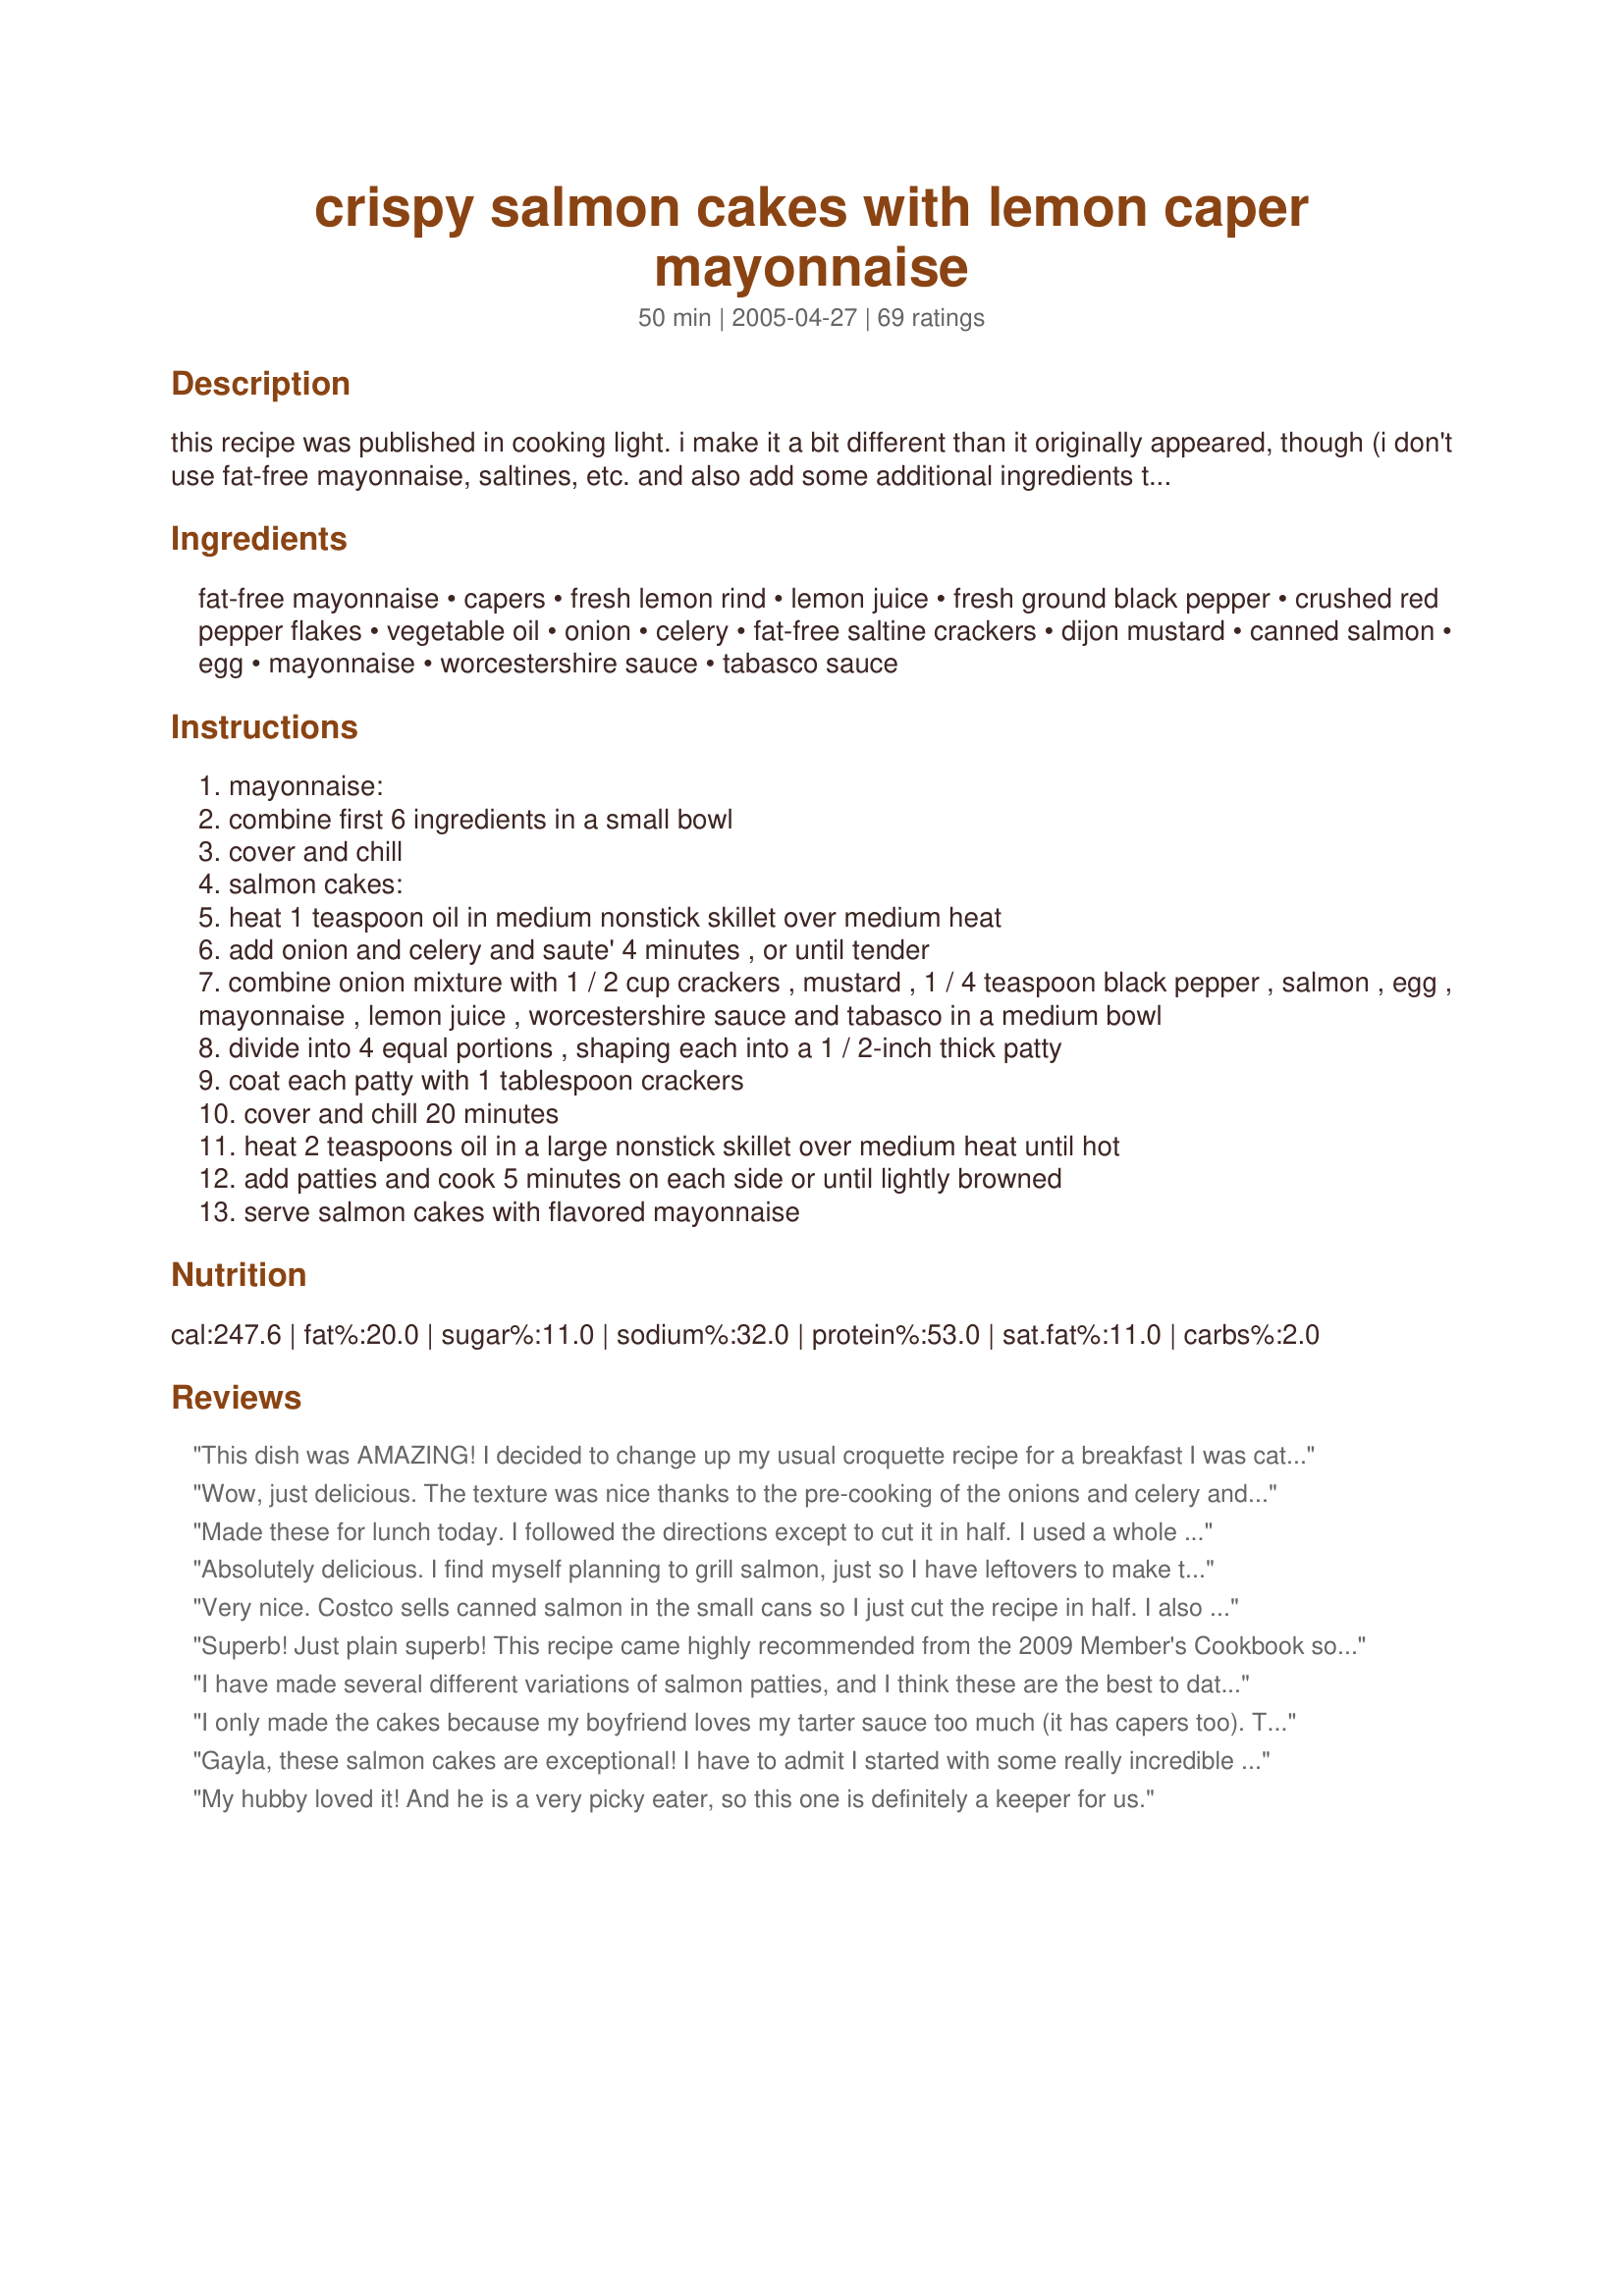
crispy salmon cakes with lemon caper mayonnaise
Preparation time: 50 minutes

this recipe was published in cooking light. i make it a bit different than it originally appeared, though (i don't use fat-free mayonnaise, saltines, etc. and also add some additional ingredients to suit my taste). if you would like to make the original version, just stick with the fat-free items and omit the last 4 items in the ingredient list (mayo through tabasco) and you will have the original recipe. prep time includes 20 minutes chilling time for the salmon cakes.

Ingredients:
fat-free mayonnaise, capers, fresh lemon rind, lemon juice, fresh ground black pepper, crushed red pepper flakes, vegetable oil, onion, celery, fat-free saltine crackers, dijon mustard, canned salmon, egg, mayonnaise, worcestershire sauce, tabasco sauce

Steps:
mayonnaise:
combine first 6 ingredients in a small bowl
cover and chill
salmon cakes:
heat 1 teaspoon oil in medium nonstick skillet over medium heat
add onion and celery and saute' 4 minutes , or until tender
combine onion mixture with 1 / 2 cup crackers , mustard , 1 / 4 teaspoon black pepper , salmon , egg , mayonnaise , lemon juice , worcestershire sauce and tabasco in a medium bowl
divide into 4 equal portions , shaping each into a 1 / 2-inch thick patty
coat each patty with 1 tablespoon crackers
cover and chill 20 minutes
heat 2 teaspoons oil in a large nonstick skillet over medium heat until hot
add patties and cook 5 minutes on each side or until lightly browned
serve salmon cakes with flavored mayonnaise

Reviews:
This dish was AMAZING! I decided to change up my usual croquette recipe for a breakfast I was catering and used this. There wasn&#039;t a SINGLE cake left and not a drop of lemon-caper mayo was missed. The texture and flavors were perfect. So glad I found this recipe here!
Wow, just delicious. The texture was nice thanks to the pre-cooking of the onions and celery and the coating was nice and crisp. My rating is just for the cakes, I did not make the Mayonnaise.
Made these for lunch today. I followed the directions except to cut it in half. I used a whole egg and a little more cracker crumbs and coated them in panko crumbs. Fabulous!!! DH said to make these again and he was never real excited about salmon patties. Thank you. Served on a bed of greens but used the tarter sauce on top. LOVED that also!
Absolutely delicious. I find myself planning to grill salmon, just so I have leftovers to make these with. The sauce and the patties are both "keepers" in my book. Used bread crumbs in place of crackers, and it worked just fine.
Very nice. Costco sells canned salmon in the small cans so I just cut the recipe in half. I also use panko crumbs on the outside and makes it nice and crunchy, also I don&#039;t bother to saute the celery and onion first. Definitely a keeper!
Superb! Just plain superb! This recipe came highly recommended from the 2009 Member's Cookbook so I saved it until I had the perfect chance to make it. Flavours burst in your mouth and we all would have licked our plates clean if we were alone. :) LOVED the sauce, LOVED the patties; directions were easy-peasy; I wouldn't ever change a thing! I'm now adding it to the 2010 Member's Cookbook as a "Must Make Dish". Served with sauteed spinach and garlic with country-fried potatoes. Thanks, GaylaJ!!!
I have made several different variations of salmon patties, and I think these are the best to date! Used yellow mustard and didn't use onions or celery, as I am not a fan... Yum!
I only made the cakes because my boyfriend loves my tarter sauce too much (it has capers too). The cakes were awesome though! Easy to make and used stuff we already had in the house. I feel like we got a really good, healthy and inexpensive meal. Thanks, GaylaJ!
Gayla, these salmon cakes are exceptional! I have to admit I started with some really incredible leftover grilled recipe#127335, which I am sure only added to the flavor of this incredible meal we had. The sauce with this recipe really simply made these salmon cakes complete! I made the entire recipe exactly as written and did not try to improve or add a thing. There is nothing to change here (except that I did use fresh, leftover salmon), because it is perfect as is! I am sure it would be equally as delicious using the canned salmon : ) Thanks greatly for this one, Gayla!
My hubby loved it! And he is a very picky eater, so this one is definitely a keeper for us.
Delish! I had leftover fresh salmon on hand and roasted it so it was cooked vs the canned. Even my picky eating little ones polished theirs off. Littlest one asked me to make it again. Family hit!
Very good. We're not big fish-eaters, but had some frozen salmon fillets given to us. So I baked those and used instead of canned. <br/>Would make again.
i didn't read directions too well so i totally messed up and threw the salmon cake ingredients all together including all of the crackers. i even didn't even saute the veggies first. BUT it still came out delicious! as for the mayo..YUMMY!!! so good even tho i didn't have fresh lemon rind. very good recipe and thank you for sharing! update: 6-15-07 i tried this again and this time followed the exact directions and man o man didn't think it could get any better but it did. definately going in my favorite's file.
For someone who doesnt like salmon, i found this absolutely delicious! Husband loved it! He said that i should make this more often! :) Thanks for the recipe! :)
I finally got around to trying these! These were wonderful! My husband (who doesn't appreciate salmon too much) said these did not taste fishy at all. I added some chopped jarred jalapenos, jalapeno Tabasco, and pickles to the mayo (omitted capers). I also used half mayo/yogurt for the sauce ( I prefer it that way!). Thanks Gayla!
Roxygirl
These were pretty good. I am not a huge fan of salmon so it is a great thing to have me like this so much. We'll make these again.
I only made the salmon cake portion of the recipe. I used your Cilantro Lime Tarter Sauce recipe #131931 instead. (wonderful by the way) This was a new way to make salmon patties for me, but we loved the results. They are crispy, hold together well, and have a nice flavor. You have a winner here. =) Thanks Gayla!
Nice!!! I normally make fish cakes by just throwing whatever I have on hand together. So I never have the same fish cake twice... LOL! But this one caught my attention mostly due to the lemon caper mayo. And that was a GREAT call! I did follow the salmon cake recipe just for kicks, and it was wonderful. The only changes I had to make were to use red bell pepper instead of celery because I didn&#039;t have any, and siracha sauce instead of tabasco because I couldn&#039;t find it. But the sauce - OMG - it was wicked good! Made it exactly as written, only a bit more lemon juice and red pepper flakes to our taste, and regular mayo because we refuse to use low-fat. :~) Will definitely make this again! Thanks for posting!
This was my first time making salmon cakes, and I am so happy I tried your recipe. I chose yours because for one thing I had all the ingredients, and another thing I saw there was saltines not only in the cakes but also used to coat them. My mom always sprinkled saltine crackers on her tuna casserole and I will not eat tuna casserole without the saltines on top, so I knew I would love the saltine coating on these, and I did! They came out nice a crispy & crunchy. These were fabulous salmon cakes, and the sauce made these over the top. I decided to double the sauce too after reading some of the other reviews, and I am happy I did!! I will deffinately be making these again, and I am planning on passing this recipe on to my sister, because I know how she loves salmon. These are perfect in every way. Thank you Gayla for making my first salmon cakes a success.
I loved these because they were delicious and easy to make. I do not like fish at all and knowing how good it is for you, I tried these and it is the perfect way to get a serving in while actually enjoying the meal.
My hubby said,"That was a 5 star meal!". Seriously though, these cakes tast better than at a super fancy restaurant. I felt like I outdid myself! For the sauce, I didn't have capers so I used chopped dill pickles. Also, I coasted the patties with panko. OH MY GOODNESS, they are to die for! I served this ontop a bed of baby spinich salad. Next time I think I might add baby bay shrimp to the salmon mixutre for more texture...
Sorry I forgot to review this recipe.......made it last weekend for my daughter and family. They just loved the salmon cakes and even my GD (who is a vegetarian) scarfed them down. The sauce was so good my daughter ate it with everything on her plate. (She also took home the 3 cakes left..Ha.) Will definitely make this again.........maybe as our favorite salmon cake. The mix did seem to be a little wet at first, but I rolled it in the breadcrumbs, and refrigerated for a few minutes, and had no problem with them falling apart as they cooked.
These are wonderful! They take a little bit more work than I am used to for salmon cakes but the flavor and texture was right on! Only changes I made were using cornflake crumbs instead of cracker crumbs and using chili paste in lieu of Tabasco. Oh, and I didn't have capers so used relish instead. Turned out wonderful! Thanks GaylaJ!!!
These were so yummy!! Didn't try the sauce b/c I didn't have capers on hand. Will definitely make again.
My stepson requested that I make salmon burgers some time, so I found this recipe. I doubled it as one cake per person was NOT going to be enough (not with the crew I have here!) I had the same problem as Cinizini, I added some sour cream and plain yoghurt because I didn't have enough mayo. I also made two other subs due to lack of the ingredients. I used fennel instead of celery, and used Jacob's cream creackers instead of saltines. (can't get saltines anyway in this country [UK]). Other than those minor adjustments, followed the recipe. I made these early in the day and had them in the fridge until ready to cook. Very enjoyable and will definitely make them again. Thanks!
This has become our go to recipe for salmon cakes for sometime now but I never got around to posting a review until now. Follow the recipe exactly, make sure to use the flavoured mayonnaise, and you will not be disappointed.
Best recipe for salmon cakes I have ever come across. Thank you for posting.
Loved these! Made them two weekends in a row! Really, really good. I used Ritz crackers instead of saltines based on another recipe that recommended it. Otherwise, followed recipe for the cakes exactly. As for the sauce, made it per the recipe the first time (except used regular mayo) and it tasted wonderful, but I wanted to lighten it up (I don't like the taste of fat-free or low-fat mayo), so I used a combination of 3 tbls mayo and 3 tbls low-fat plain yogurt. Liked this even better!
This is sooooo good. My husband was in heaven, especially since we used leftover salmon and crackers, so it didn't cost much but it would have been super expensive to order this at a restaurant. For the mayo, I kept the ratio of the ingredients the same, but I used about half the amount of mayo.
I chose not to rate this recipe as I modified it to suit what we had in the fridge...didn't have enough mayo so I used half mayo and half sour cream for the sauce--turned out wonderfully that way, I think sour cream was a good sub. 
(made some other subs not worth mentioning..)
My other comment is that these crisped up even more when re-heated under the broiler the next day! Thank you for posting: great flavor, and I will plan to have enough mayo on hand the next time around.
These were quite good! I used Townhouse crackers instead of saltines, and since I discovered we were out of hot sauce, I put in a little hot chili paste. I also added a little parsley and Old Bay to the outside crackers, which was nice. I personally don't like capers so I made the sauce as directed, but added some dill instead of capers. Was pretty good!
Really tasty! Something I'd definitely make again. Thanks for sharing.
My husband LOVES when I make these. I stick to the recipe (except when I know my son's eating too- then I use 3 cans of salmon.) I think that the evil mayo dressing and the ritz crackers make this yummy!
Did not try, though it sounds good. 

Under SALMON CAKES section the word saltines or whatever is meant [dried bread crumbs] is MISSING.
Very good! Made it as written. Served on a bed of spinach along with some homemade coleslaw. Yum! Might have to double the recipe so that we DO have leftovers. Thanks for sharing.
These were the best salmon patties I have ever tasted! They came together perfectly and I really liked the sauce too! Thanks for posting!
DELICIOUS! We only had Ritz crackers and it was a good choice. Also threw in some cilantro but I bet parlsey or other herbs would add to the flavor nicely. Oldest son who hates fish said it wasn't too bad - ha! Parents think it's hands-down the best salmon cakes we've ever had. THANK YOU for sharing this one!
I made this for a dinner party and it was a huge hit. These are by far the most delicious fish cakes I have ever made or eaten! I added some diced bell peppers to the onion/celery mix and I didn't have quite enough salmon so I subbed some leftover grilled catfish. I piped the sauce on the finished cakes with a pastry bag for a little extra presentation oomph.
Fabulous! My DH can't get enough of them. I used wheat thins instead of saltines, and added some diced red bell peppers to the onion and celery. I served them on a bed of baby greens dressed with a lemon basil vinaigrette - unbelievably delicious! Very fancy for canned fish...
I would have given this a 5 Star rating but I did modify the recipe for my husband&#039;s &amp; my taste. We had quite a bit of left over grilled salmon so I used that &amp; some additional smoked salmon to make the patties. I used boxed Italian bread crumbs that I already had instead of cracker crumbs. I also added additional garlic powder, some Old Bay Seasoning &amp; celery seed &amp; left out the celery because I didn&#039;t have any. I saute&#039;d the onion &amp; also added some chopped carrots which I also saute&#039;d before adding it to the salmon. That gave it alot of color. For the mayonaise, I added some dill weed &amp; basil to taste. I used my Tuscan olive oil that has basil &amp; rosemary already infused to fry the patties in. It made 6 hefty sized patties, enough for another night of leftovers! Really, really great recipe that allows for a lot of personal modifications! This will be our go to recipe for leftover salmon,crab &amp; tuna! Thanks for posting!
This was outstanding. I halved the recipe and I, too, added the onions and celery to the mix without sauteeing (didn't read the directions thoroughly) but it still came out great. Plus the mayo is excellent. This will be served frequently in our house. Thanks!
Holy salmon cakes!! These where to die for! I feel like I just ate in a restaurant. I did not have any worcestershire or celery and used regular yellow mustard. I didn't make the sauce either instead I made a cucumber salad with mayo, sugar and dill. YUMMMM!!
Made these for dinner last night -but with the following changes. Used leftover cooked salmon and finely diced the onion and celery and also 1/4 cup red bell pepper Rather than sauteing them I added them to the salmon mixture and the taste and texture were amazing. Was short of cracker crumbs so used Panco for the outsides. We served them on a bed of mixed baby spinach and baby spring mix with herbs, and drizzled everything with a Lemon, Lime, Basil & Caper Vinaigrette for a bit more of a heart healthy meal. Couldn't have had it any better at a fine restaurant!
Very good! I simplified the mayo sauce a bit, mixing mayo. lemon juice, capers, and freshly ground lemon-pepper seasoning. The salmon cakes were delicious and simple, and the sauce complemented them nicely. Served these with roasted asparagus with lemon vinaigrette & steamed tiny red potatoes tossed with butter & minced parsley. Yum! Thanks for sharing!
really easy to make and they were great! we had a lot of mayo left over, so probably next time we will half it. I think next time we will add more tabasco and mustard though. We also used just breadcrumbs instead of the saltines and it had a nice crust on it.
These are hands down the best Salmon cakes I've ever had! The Lemon-Caper Mayo was "icing"! Thanks for sharing
perfect thanks
Excellent recipe! Made these last night and my family didnt leave any!!!

Easy to make, followed recipe exactly except did not have any celery. Did really well but had a couple fall apart during turning. Other than that they were perfect!
Thank you for a tasty dinner last night!
Ohhh we loved these! These are fabulous because we almost always have all of the ingredients on hand and they are easy, quick, and oh so delicious! The only thing I did differently was add a little extra lemon juice, worcestershire, salt, and pepper. Perfect and definitely a keeper. Thank you!
These are another winner from you Gayla. I had to make a couple of minor changes. I used the salmon in the bag which seems to have a lighter smell. I forgot the capers when I was grocery shopping. I looked to the reviews and saw where another reviewer used the dill pickles and they worked out just fine. This was a great lunch for us today. We thank you for another Keeper!
I thought I made good salmon patties, but these are outstanding! Especially with the mayonnaise sauce. (I did use low fat). I made a few minor adjustments but nothing to compromise the recipe. This is my NEW salmon patty recipe. Thanks GaylaJ, this was great. Served with scalloped potatoes (26470) and roasted green beans. A real comfort food meal.
I was searching my kitchen for something to make for lunch, when I spotted a pouch of salmon. I found this recipe, and I'm SO glad I tried it! I didn't have any saltines, so I had to settle for homemade bread crumbs (after I looked and found that I was out of those too!!), but they still turned out perfectly! Instead of the lemon-caper mayo (my hubby hates capers), I made a lovely creamy dill sauce, and it was heavenly. Thanks so much for posting this recipe!
Wow, I never knew a can of canned salmon could taste so good! I made the mayonnaise ahead of time and let it sit in the refrigerator for about six hours and that really helped to blend the flavors. Instead of crushed crackers, I used breadcrumbs in the cakes and Japanese panko for the coating. If using panko, I suggest chilling the cakes before coating them (step 6), as the panko soaks up the moisture and does not get as crispy when fried.
First off, let me begin by saying that these are really delicious, and the sauce is to die for. 

I used all the ingredients listed, and full fat mayo - FYI. 

I loved this recipe because it took about 5 minutes to put together. I made the sauce ahead - which you have to do - the flavor is so much better after the sauce sits in the fridge for a while. I tasted it b4 and it was not the same.

Also I love 'em because they look so pretty with a dollop of sauce on top, and then placed on a bed of spinach with garlic! 

AND, as if this weren't convincing enough, they are very filling. I made the 4, thinking dh and I would each eat two - no way! Even dh couldn't finish a second one. 

The only thing I'd change is maybe double up on the sauce - but then, I am rather piggish! 



We really and truly enjoyed these! For the sauce, I hate capers so I traded out a few tbsp of the mayo for sour cream to add some tang and thinned it with pickle juice (yep, still delish) and used hot sauce - Cholula - instead of the pepper flakes. I accidentally added half a tbsp instead of half a tsp of worchestershire sauce but they still came out well-balanced. I refrigerated them for about 2 hours out of necessity but they still fried up wonderfully - so crisp. The hubs said they tasted just like his mamaw's - which is a high compliment indeed!!
Bravo! Well-done sweetcakes to take canned salmon and make it taste so good. These turned out really well. My 3 year-old really liked them. My 6 year-old liked the mayonnaise with it. We'll definitely make these again!
These are a great alternative to regular burgers, and not at all hard or time-consuming to make. I was concerned that they would break apart while cooking, but they stayed together just fine. For the flavored mayo I used an olive oil mayo and also juice of half a lemon rather than just ? tsp. For the salmon cakes I did not bother with the chopped onion/celery and instead just added some onion and garlic powder (the powder, not the salts). I used one 14.25 oz can of salmon, so slightly less than in the recipe, and also used about ? cup of breadcrumbs rather than crackers. I did not add the mayo to the salmon mix. I added the extra breadcrumb coating right before cooking so that it would not soak in. Thanks.
I don't do review often, but these were SO good that I had to!! So easy to make and for a last minute meal, I had everything in my pantry/fridge. I just didn't have saltines, so I used Panko. It was so good that I'm just going to keep making that way. Thank you for posting!!
Excellent flavour and texture. The sauce just puts the finishing touch on these. I would highly recommend!
Delicious, mouth-watering and tantilizing...and that's a real fish story. Made for Think Pink.
When I made this, I was housebound with a bad cold and used pantry staples. I could not smell or taste (so hesitated posting this review!!) I had to use husband as a taster! He said they were great, and he loved the "sauce" (mayonnaise!) But the morning after I was better, I had half a salmon cake for breakfast from the leftovers, and although my sense of taste was still bad, it was delicious, cold from the fridge! I used finely chopped yellow bell pepper instead of celery (not available). I didn't use anything fat-free -- I don't do fat-free! I added 1 tablespoon fish sauce and more than a tablespoon lemon juice. Otherwise, not having saltine crackers in SA, I crushed bacon-flavoured snack biscuits in the processor -- there's not that much of a difference. The cakes were quick to make, and I could cry about not actually being able to taste much. It was crispy on the outside and nice and soft inside. This is a great recipe and will be made again. 4 stars in my book is top-rate (says the Zaar star witch!!) and 5 stars would be rare indeed. Wonderful, tasty recipe, very helpful when you don't feel up to cooking anything intricate!! Thanks, Gayla! Your recipes are always so good!
Loved these salmon cakes. Easy to make too. I did however make a change in the sauce. I added 4-5 shakes of tabasco sauce, 2 tsp worcestershire, instead of lemon juice used key lime juice, ketchup 4 tsp and about a tsp of paprika. It was wonderful. Thank you for sharing this great recipe.
After all the salmon patties,Finally found my keeper.I did use mashed potatoes,in place of crackers,added 1/2 t old bay, and 1 T parsley. But I think you could put this sauce on any pattie, and it would be wonderful.When you get one of thoes capers in your bite, very good.Thanks,Gayla.
These were lovely! I chose to make them for Healthy for the Holidays Game in the LF Forum and they were perfect! I did not have crackers so I ran some stove top throught the food processor... these were wonderful and I really liked the caper sauce. Thanks Gayla!
These were great, everyone loved them! Will be making again for sure. Was a nice change from regular fish cakes I grew up with. Made recipe exactly as shown, except used whole-wheat soda crackers, as I don't buy the plain white ones. Can't wait to try it sometime with fresh cooked salmon!!
Delicious! Mine didn't really crisp up, but that is probably due to using Ritz crackers which is what I had on hand. (For anyone else using Ritz it took around 3/4 cup, or 22 crackers, to get a good consistency for the patties, and another ten for the coating.) 
One 410gram can of red salmon made six good sized patties. Loved the sauce, and will make double next time. We ate the first patties hot and needed to add a bit of salt. Once cooled they were perfect as is; rather sweet in flavour and very tasty. Next time I'll up the spices a little. Thanks for a great recipe, GaylaJ!
Oh that sauce is just so good! I didn't make the full recipe as I thught I could perhaps exhibit some self-restraint. Ha! I'll be making more of that. The salmon patties were also very good. I used seasoned bread crumbs and they were a bit salty so I won't do that again, but otherwise loved the combination of flavors. Thank you for sharing!
Halved recipe, used regular mayo and regular saltines, and omitted lemon rind. Enjoyed very much but next time will probably double the amount of sauce...it's wonderful!
Made this a while ago and we really enjoyed these. Did not make the lemon-caper mayonnaise. Will definitely have to make these again, this time with the sauce. Thanks for sharing!
